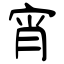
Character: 宵